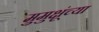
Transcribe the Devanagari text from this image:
मुमुक्षूंच्या